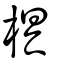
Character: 椇